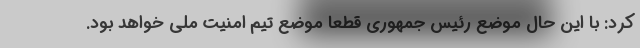
کرد: با این حال موضع رئیس جمهوری قطعا موضع تیم امنیت ملی خواهد بود.